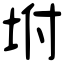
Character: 坿